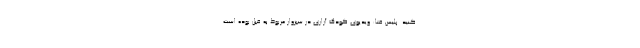
کنید. پلیس فتا: ویدیوی کودک‌ آزاری در سبزوار مربوط به قبل بوده است